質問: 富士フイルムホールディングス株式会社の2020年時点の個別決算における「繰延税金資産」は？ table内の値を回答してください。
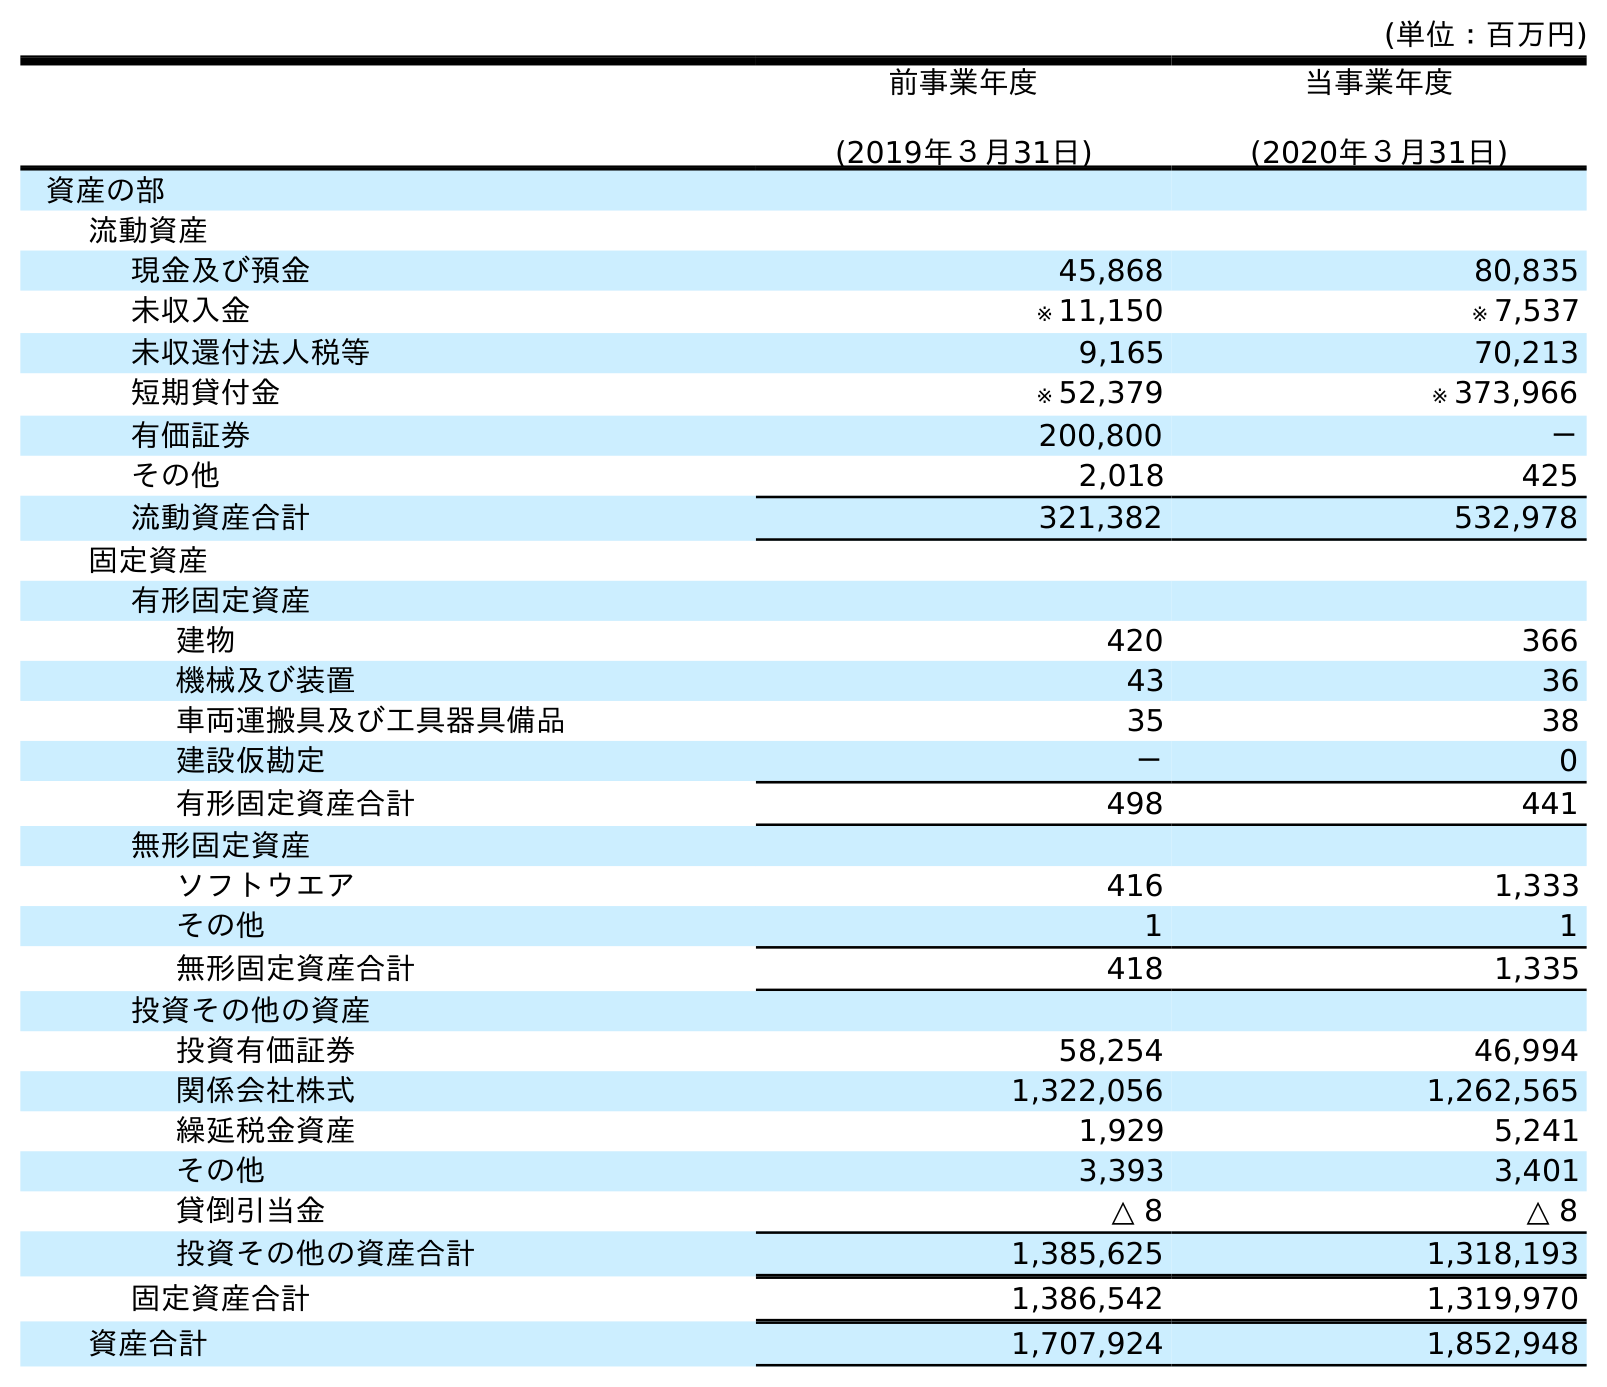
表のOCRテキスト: (単位：百万円) 前事業年度 (2019年３月31日) 当事業年度 (2020年３月31日) 資産の部 流動資産 現金及び預金 45,868 80,835 未収入金 ※ 11,150 ※ 7,537 未収還付法人税等 9,165 70,213 短期貸付金 ※ 52,379 ※ 373,966 有価証券 200,800 － その他 2,018 425 流動資産合計 321,382 532,978 固定資産 有形固定資産 建物 420 366 機械及び装置 43 36 車両運搬具及び工具器具備品 35 38 建設仮勘定 － 0 有形固定資産合計 498 441 無形固定資産 ソフトウエア 416 1,333 その他 1 1 無形固定資産合計 418 1,335 投資その他の資産 投資有価証券 58,254 46,994 関係会社株式 1,322,056 1,262,565 繰延税金資産 1,929 5,241 その他 3,393 3,401 貸倒引当金 △ 8 △ 8 投資その他の資産合計 1,385,625 1,318,193 固定資産合計 1,386,542 1,319,970 資産合計 1,707,924 1,852,948
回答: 5,241